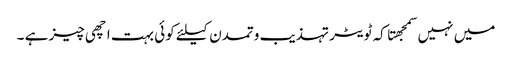
میں نہیں سمجهتا کہ ٹویٹر تہذیب وتمدن کیلئے کوئی بہت اچهی چیز ہے ۔